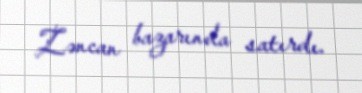
Zəncan bazarında satırdı.